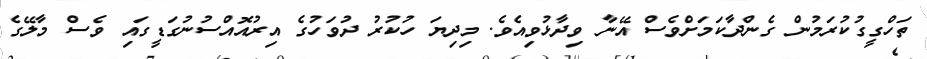
ތަހްގީގުކުރަމުން ގެންދާކަމަށްވެސް އޭނާ ވިދާޅުވިއެވެ. މިދިޔަ ހުކުރު ދުވަހުގެ އިރުއޮއްސުނުގަޑީގައި ވެސް މާލޭގެ